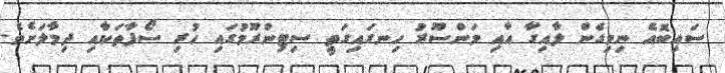
ސައިބޮއެ ނިމިގެން ލާއިގާ އާއި މަންސޫރު ހިނގައިގަތީ ސިޓިންރޫމުގައި ހުރި ސޯފާތަކާއި ދިމާލަށެވެ.